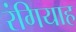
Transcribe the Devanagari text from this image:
रंगियाह